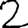
Digit: 2